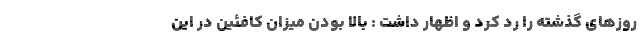
روزهای گذشته را رد کرد و اظهار داشت : بالا بودن میزان کافئین در این